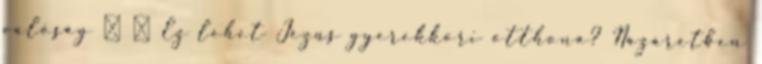
valóság ● ● Ez lehet Jézus gyerekkori otthona? Názáretben